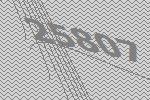
25807